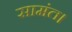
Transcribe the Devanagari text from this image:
सामंत।